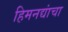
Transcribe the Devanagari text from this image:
हिमनद्यांचा